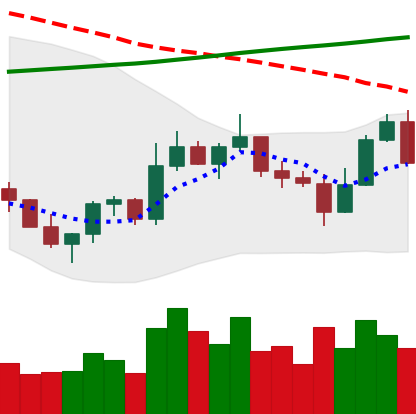
Ticker: ETC-USD
Chart end date: 2022-11-06
Forward return: -13.61%
Label: down_7plus